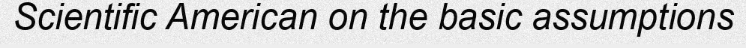
Scientific American on the basic assumptions